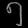
Digit: ၅